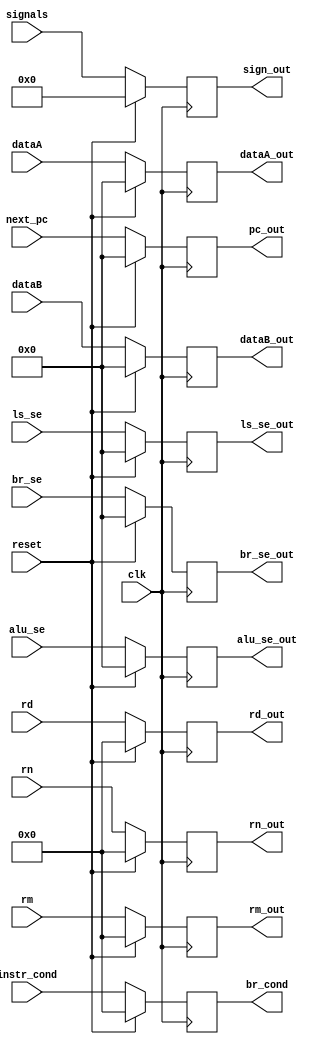
`timescale 1ns / 1ps
//////////////////////////////////////////////////////////////////////////////////
// Company: 
// Engineer: 
// Design Name: 
// Module Name:    decode_latch 
// Project Name:
// Description:
//////////////////////////////////////////////////////////////////////////////////
module decode_latch(
//input control signals in the future
			input clk,
			input reset,
			input [31:0] next_pc,
			input [31:0] dataA, dataB,
			input [31:0] br_se,             //branch sign extended   
			input [31:0] ls_se,             //load / store sign extended
			input [31:0] alu_se,            // alu sign extended
			input [3:0]  rd, rn, rm,
			input [10:0] signals,
			input [3:0] instr_cond,
			//input [4:0]  rd, for immediate type
			output reg [31:0] pc_out,
			output reg [31:0] dataA_out, dataB_out,
			output reg [31:0] br_se_out,
			output reg [31:0] ls_se_out,
			output reg [31:0] alu_se_out,
			output reg [3:0] rd_out, rn_out, rm_out,
			output reg [10:0] sign_out,
			output reg [3:0] br_cond
					);
					
		always @ (posedge clk)
		if (reset)
		begin
		pc_out <= 0;
		dataA_out <= 0;
		dataB_out <= 0;
		br_se_out <= 0;
		ls_se_out <= 0;
		alu_se_out <= 0;
		rd_out <= 0;
		rn_out <= 0;
		rm_out <= 0;
		sign_out <= 0;
		br_cond <= 0;
		end
		else
		begin
		pc_out <= next_pc;
		dataA_out <= dataA;
		dataB_out <= dataB;
		br_se_out <= br_se;
		ls_se_out <= ls_se;
		alu_se_out <= alu_se;
		rd_out <= rd;
		rn_out <= rn;
		rm_out <= rm;
		sign_out <= signals;
		br_cond <= instr_cond;
		end
endmodule
//still need to add control signals